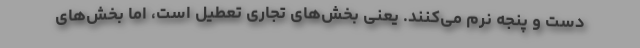
دست و پنجه نرم می‌کنند. یعنی بخش‌های تجاری تعطیل است، اما بخش‌های